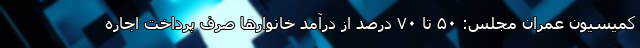
کمیسیون عمران مجلس: ۵۰ تا ۷۰ درصد از درآمد خانوارها صرف پرداخت اجاره